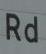
rd